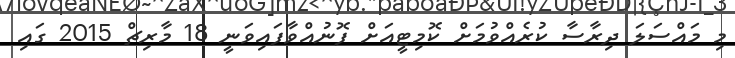
މި މައްސަލަ ދިރާސާ ކުރެއްވުމަށް ކޮމިޓީއަށް ފޮނުއްވާފައިވަނީ 18 މާރިޗް 2015 ގައި